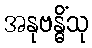
အနုဗန္ဓိံသု